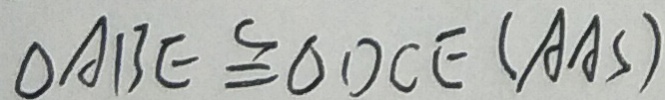
\Delta A B E \cong \Delta D C E ( A A S )